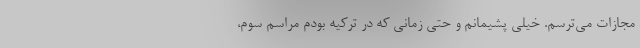
مجازات می‌ترسم. خیلی پشیمانم و حتی زمانی که در ترکیه بودم مراسم سوم،